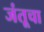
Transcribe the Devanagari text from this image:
जंतूचा